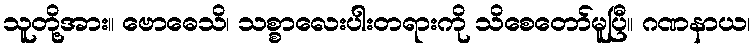
သူတို့အား။ ဗောဓေသိ၊ သစ္စာလေးပါးတရားကို သိစေတော်မူပြီ။ ဂဏနာယ၊